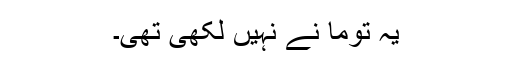
یہ توما نے نہیں لکھی تھی۔